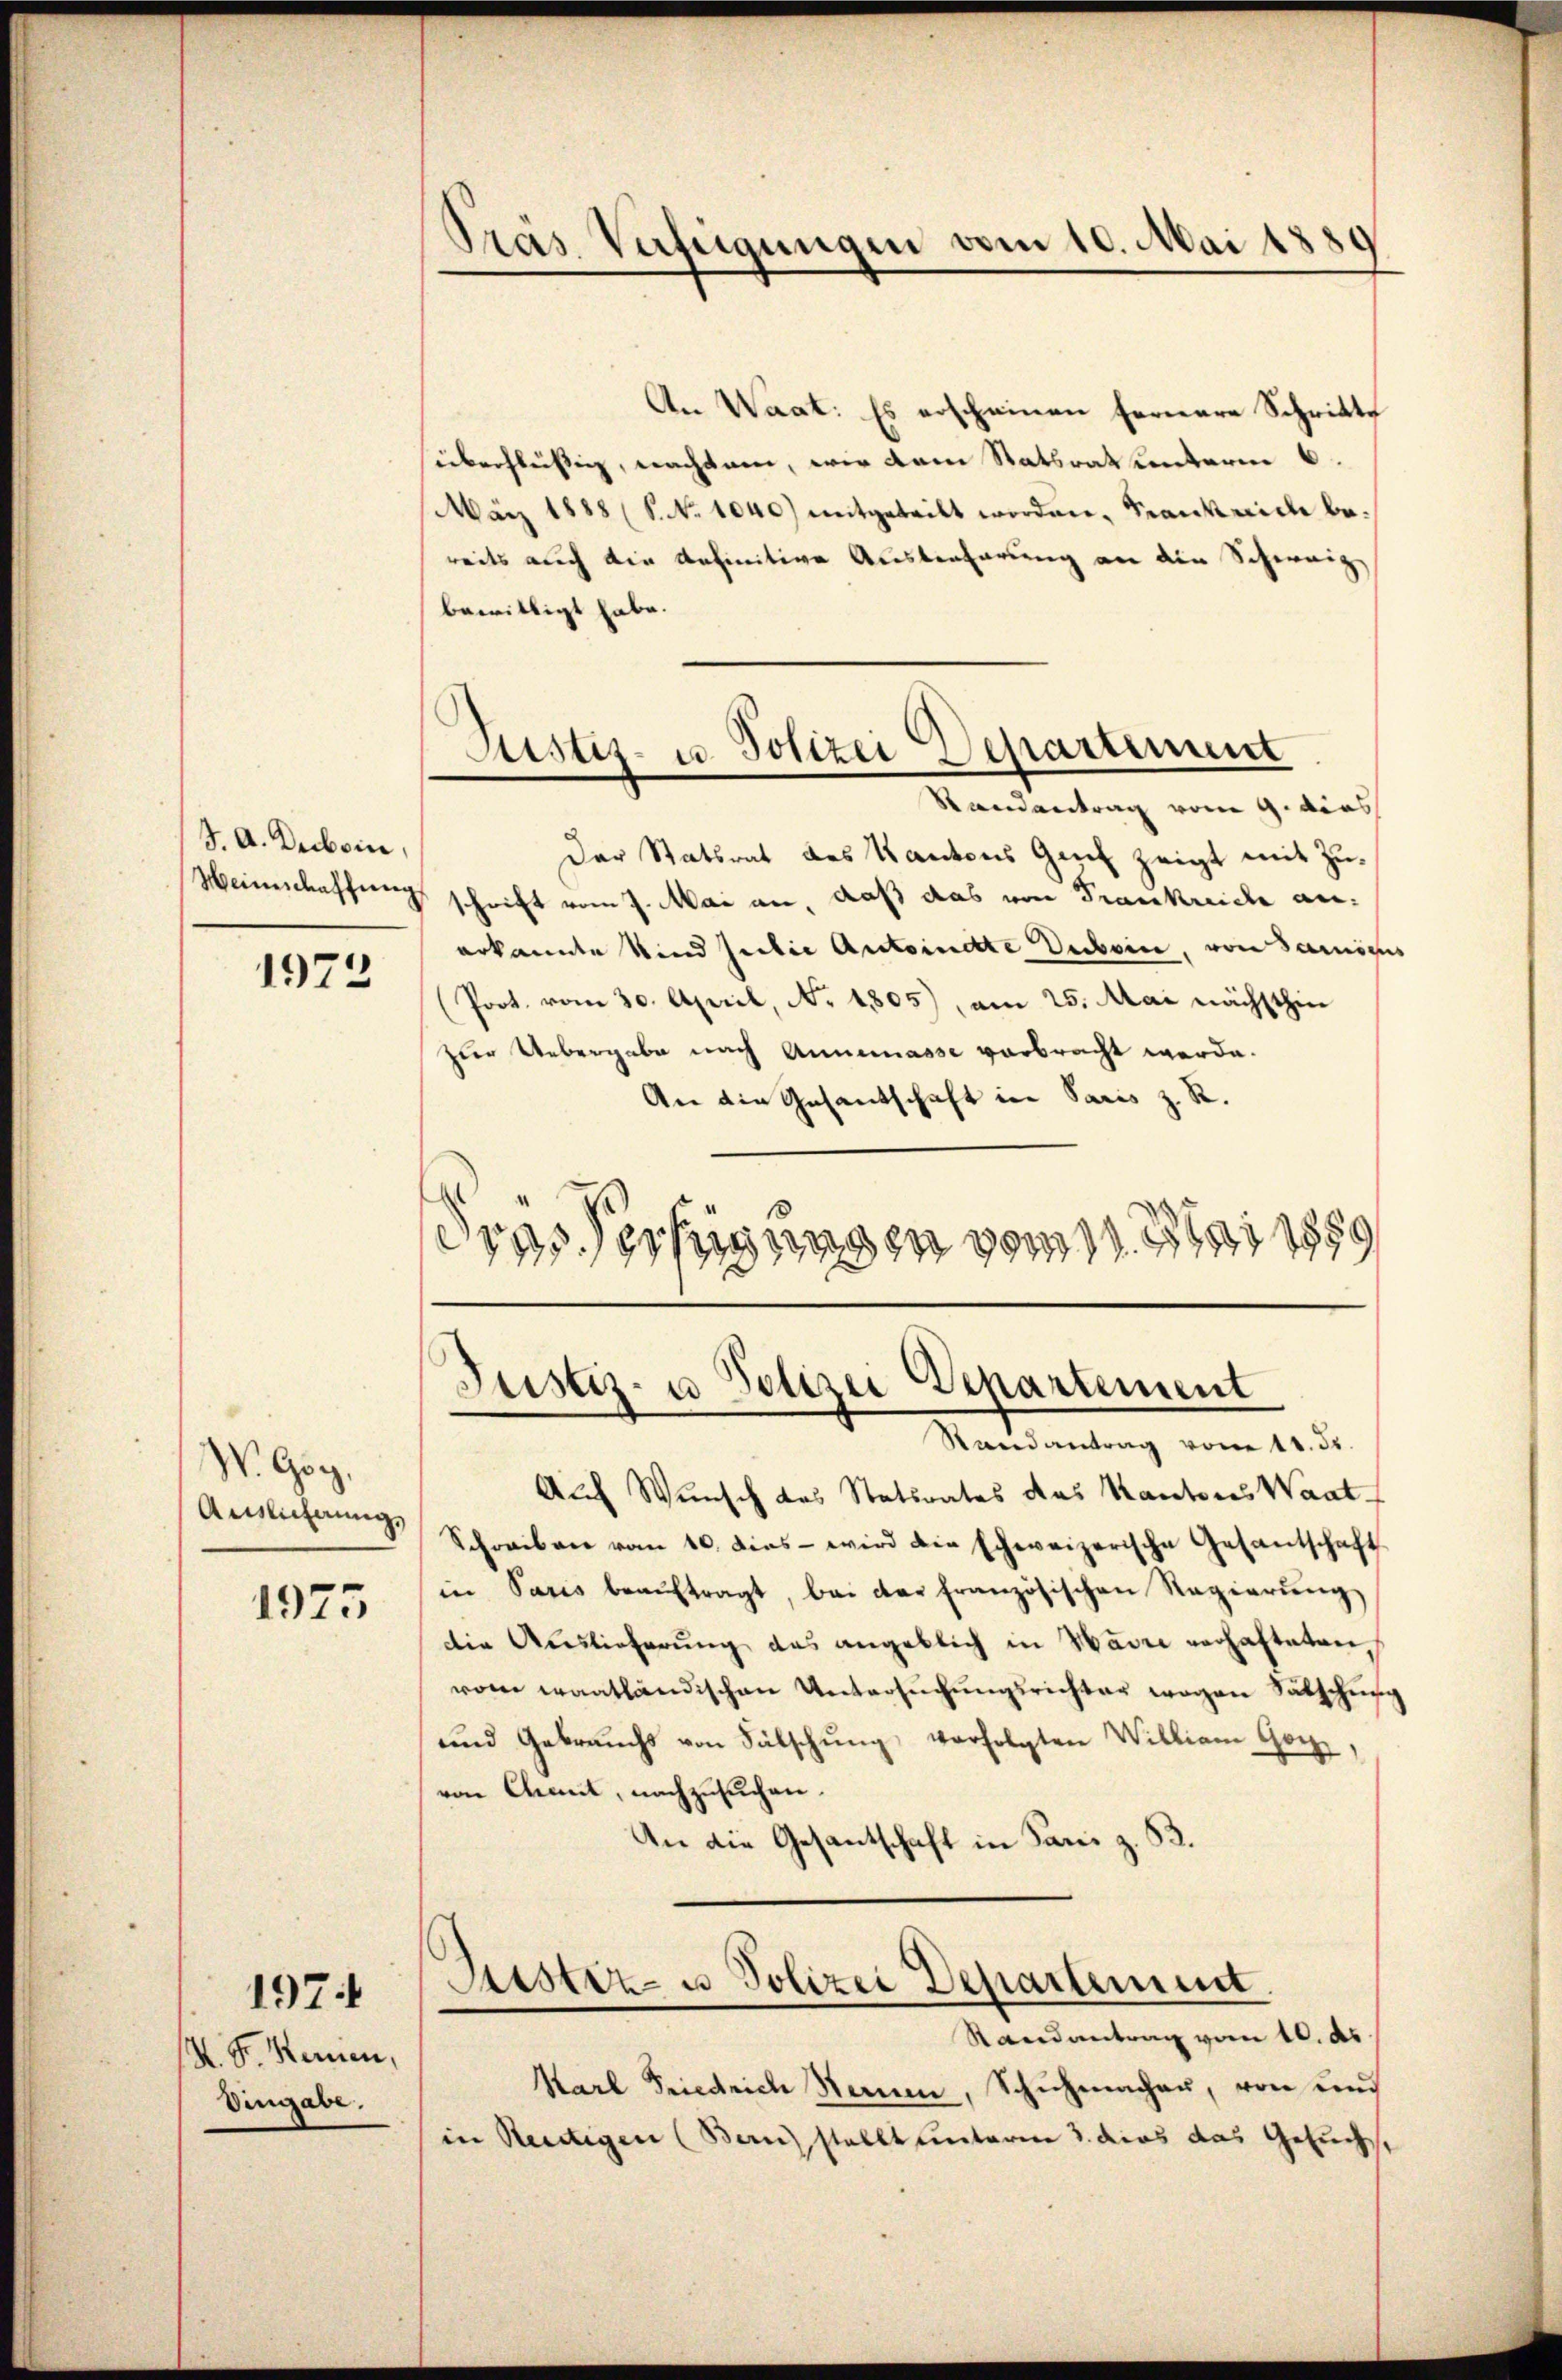
S. A. Decbein,

1972

W. Gog,
Auslichnung,
1975

N. F. Hennen,
Eingabe.

1974

Prás Verfeigungen vom 10. Mai 1889

An Waat: Es erscheinen fernere Schritte
überflüßig, nachsam, wir dem Statsrat unterm 6.
März 1888 (S. No 1040.) mitgeteilt worden, Frankreich bereits auch die definitive Ausbreferung an die Schweiz
bewilligt habe.
Randantrag vom 9. dies
Der Statsrat des Kantons Genf zeigt mit Zu¬
Weinschaffung schrift vom 7. Mai an, daß das von Frankreich anerkannte sind Julie Antoindte Duboin, von Samsons
Poot. vom 30. April, N. 1805), am 25. Mai nächsthin
zur Uebergabe nach Annemasse verbracht werde.
An die Gesantschaft in Paris z. R.
dres Verfügungen vom 11. 311 1889

Justiz- u. Polizei Departement

Justiz- u. Polizei Departement
Randantrag vom 11. 33.

Auch Wunsch des Statsrates das Kantons Waat
Schreiben vom 10. dies - wird die schweizerische Gesantschaft
in Paris beaŭftragt, bei der französischen Regierŭng
die Auslieferung das angeblich in Havre verhafteten,
vom waatländischen Untersŭchŭngsrichter wegen Sätschung
und Gebrauchs von Fälschŭng verfolgten Willian Gorz,
von Chait, nachzusuchen.
An die Gesantschaft in Paris z. B.
Justiz- u Polizei Departement
Randantrag vom 10. ds.
Karl Friedrich Namen, Schŭhmachen, von und
in Reutigen (Bern stellt unterm 3. dies das Gesucht